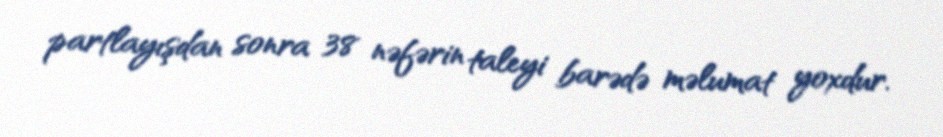
partlayışdan sonra 38 nəfərin taleyi barədə məlumat yoxdur.